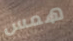
همس